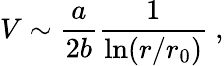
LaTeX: V\sim{\frac{a}{2b}}{\frac{1}{\mathrm{ln}(r/r_{0})}}~,